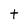
Character: t